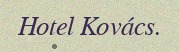
Hotel Kovács.